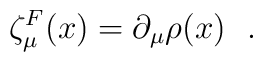
\zeta_{\mu}^{F} (x) = \partial_{\mu} \rho (x)~~.